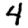
Digit: 4